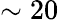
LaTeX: \sim 20